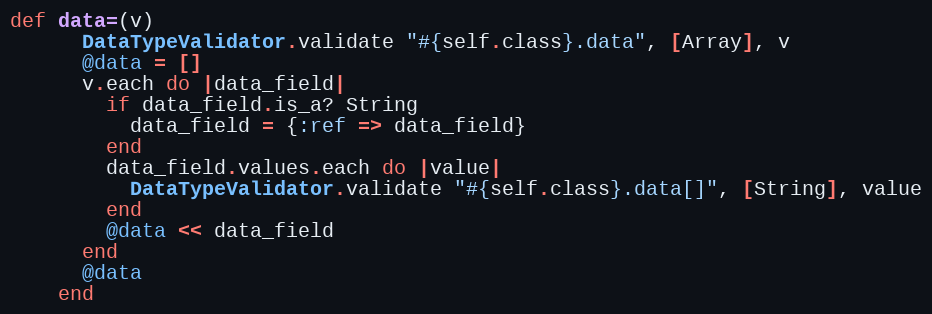
Language: Ruby
def data=(v)
      DataTypeValidator.validate "#{self.class}.data", [Array], v
      @data = []
      v.each do |data_field|
        if data_field.is_a? String
          data_field = {:ref => data_field}
        end
        data_field.values.each do |value|
          DataTypeValidator.validate "#{self.class}.data[]", [String], value
        end
        @data << data_field
      end
      @data
    end